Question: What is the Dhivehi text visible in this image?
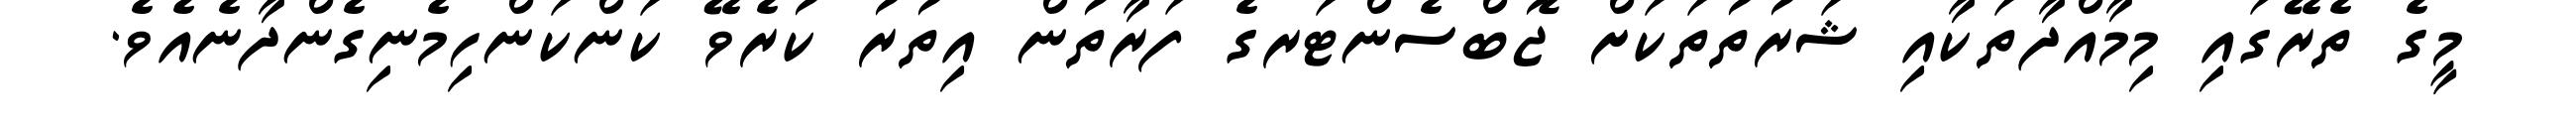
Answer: މީގެ ތެރޭގައި މިމާއްދާތަކާއި ޝަރުތުތަކަށް ޖޮބްސެންޓަރގެ ފަރާތުން އިތުރު ކުރެވޭ ކަންކަންހިމެނިގެންދާނެއެވެ.